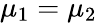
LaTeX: \mu_{1}=\mu_{2}